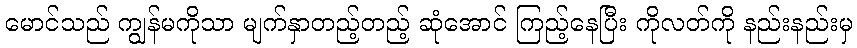
မောင်သည် ကျွန်မကိုသာ မျက်နှာတည့်တည့် ဆုံအောင် ကြည့်နေပြီး ကိုလတ်ကို နည်းနည်းမှ